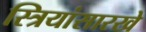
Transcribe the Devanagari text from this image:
स्त्रियांसारखे